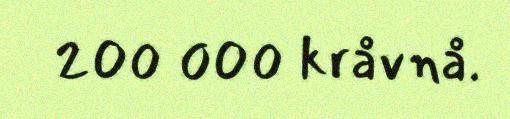
200 000 kråvnå.